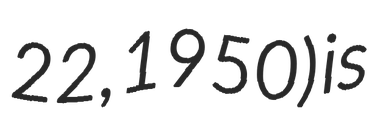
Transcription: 22, 1950) is